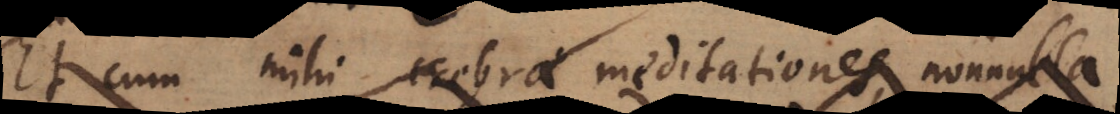
Et cum mihi crebrae meditationes nonnula